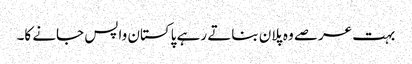
بہت عرصے وہ پلان بناتے رہے پاکستان واپس جانے کا۔